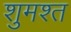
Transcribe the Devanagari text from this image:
शुमश्त